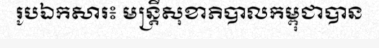
រូបឯកសារ៖ មន្ត្រីសុខាភិបាលកម្ពុជាបាន